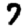
Digit: 7